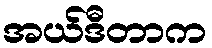
အယ်ဒီတာက